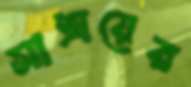
সাশ্রয়ের